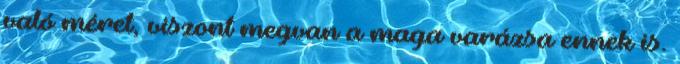
való méret, viszont megvan a maga varázsa ennek is.